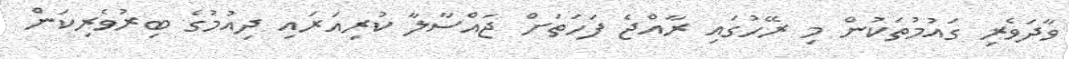
ވާދަވެރި ގައުމުތަކުން މި ރޭހުގައި ރާއްޖެ ފަހަތަށް ޖައްސާލާ ކުރިއަރައި ދިއުމުގެ ބިރުވެރިކަން